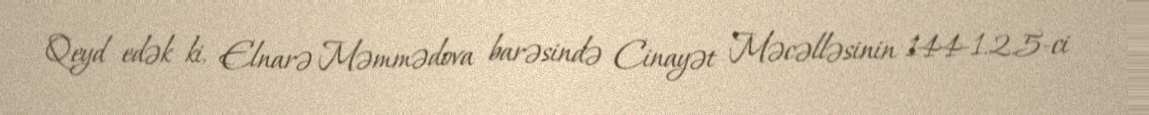
Qeyd edək ki, Elnarə Məmmədova barəsində Cinayət Məcəlləsinin 144-1.2.5-ci